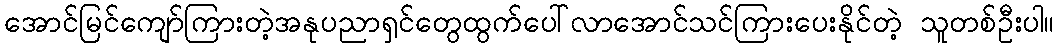
အောင်မြင်ကျော်ကြားတဲ့အနုပညာရှင်တွေထွက်ပေါ်လာအောင်သင်ကြားပေးနိုင်တဲ့ သူတစ်ဦးပါ။